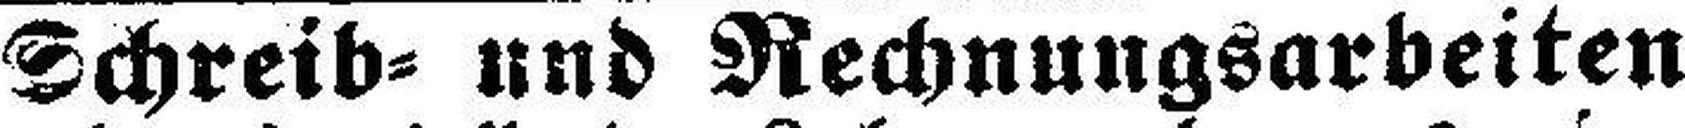
Schreib= und Rechnungsarbeiten